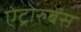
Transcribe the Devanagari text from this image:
ऐट्रोरुबेंस